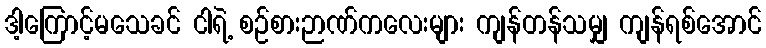
ဒါ့ကြောင့်မသေခင် ငါရဲ့ စဉ်စားဉာဏ်ကလေးများ ကျန်တန်သမျှ ကျန်ရစ်အောင်